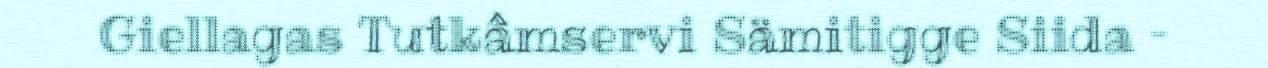
Giellagas Tutkâmservi Sämitigge Siida –